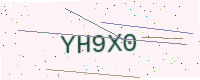
Text: YH9X0